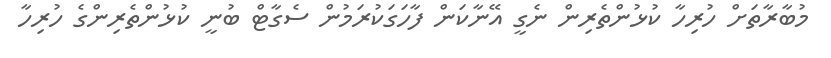
މުބާރާތަށް ހުރިހާ ކުޅުންތެރިން ނެގީ އޭނާކަން ފާހަގަކުރަމުން ސެގާޓް ބުނީ ކުޅުންތެރިންގެ ހުރިހާ